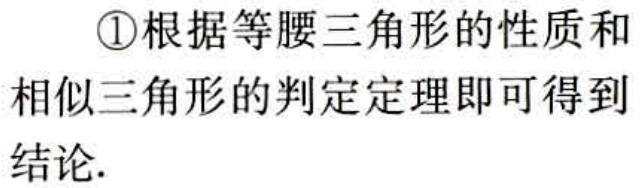
\textcircled{1}根据等腰三角形的性质和

相似三角形的判定定理即可得到

结论.